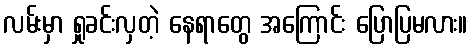
လမ်းမှာ ရှုခင်းလှတဲ့ နေရာတွေ အကြောင်း ပြောပြမလား။